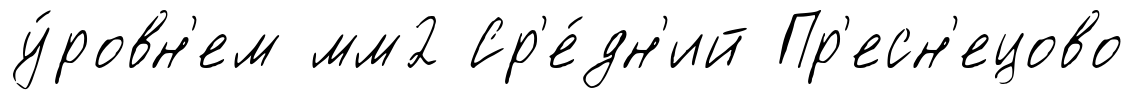
у́ровн'ем мм2 Ср'е́дн'ий Пр'есн'ецово